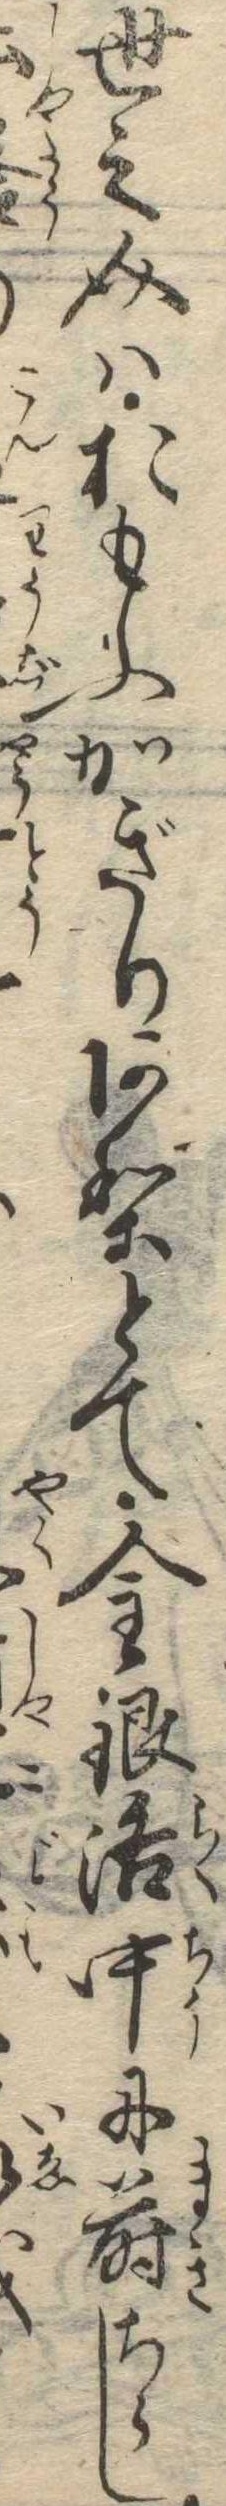
世之介はおもふかぎりありとて金銀洛中に蒔ちらし